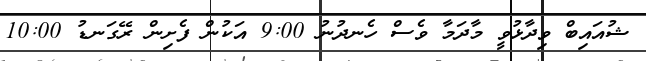
ޝުއައިބް ވިދާޅުވީ މާދަމާ ވެސް ހެނދުނު 9:00 އަކުން ފެށިން ރޭގަނޑު 10:00